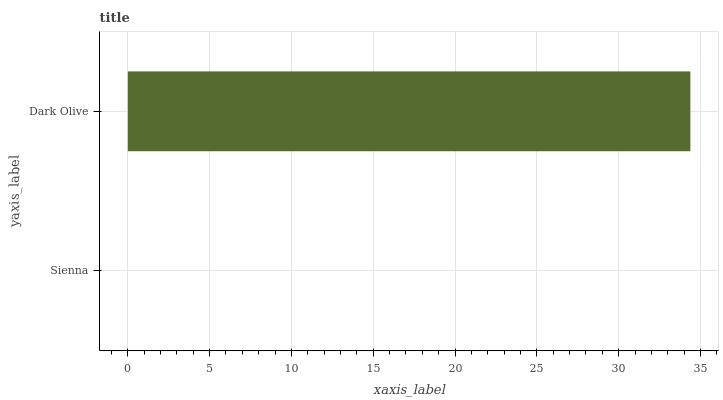
| yaxis_label | bars |
 | --- | --- |
 | Sienna | 0 |
 | Dark Olive | 34.4 |